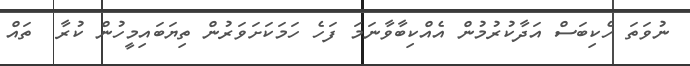
ނުވަތަ ހެކިބަސް އަދާކުރުމުން އެއްކިބާވާނަމަ ފަހެ ހަމަކަށަވަރުން ތިޔަބައިމީހުން ކުރާ  ތައް